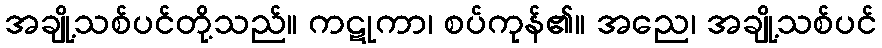
အချို့သစ်ပင်တို့သည်။ ကဋုကာ၊ စပ်ကုန်၏။ အညေ၊ အချို့သစ်ပင်